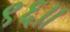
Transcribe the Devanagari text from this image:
९६।।